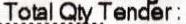
TOTAL QTY TENDER: